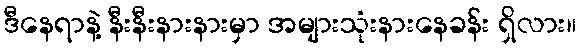
ဒီနေရာနဲ့ နီးနီးနားနားမှာ အများသုံးနားနေခန်း ရှိလား။